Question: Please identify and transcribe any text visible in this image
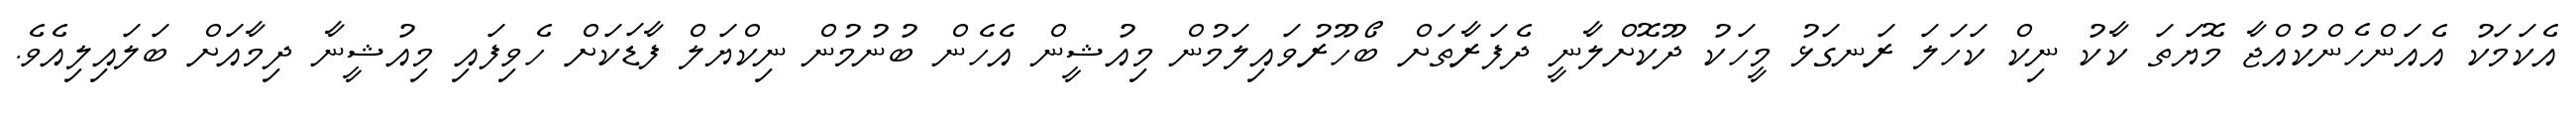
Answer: އެކަމަކު އެއަންހެންކުއްޖާ މޮޔަތަ ކާކު ނިކް ކަހަލަ ރަނގަޅު މީހަކު ދޫކޮށްލާނީ ދެފަރާތަށް ބޯހޫރުވައިލަމުން މިއުޝީން އެހެން ބުނުމުން ނިކްޔަލް ފާޑަކަށް ހެވިފައި މިއުޝީނާ ދިމާއަށް ބަލައިލިއެވެ.